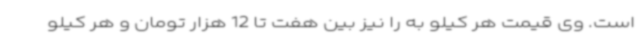
است. وی قیمت هر کیلو به را نیز بین هفت تا 12 هزار تومان و هر کیلو